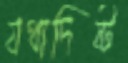
যথাদিষ্ট